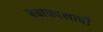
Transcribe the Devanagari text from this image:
बचावपक्षाची